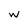
Character: w